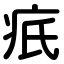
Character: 疧